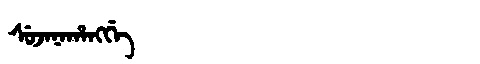
Manchu: ᠰᡠᠵᠠᠨᠠᡥᠠᠩᡤᡝ
Romanization: SUJANAHANGGE